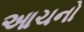
આચનો